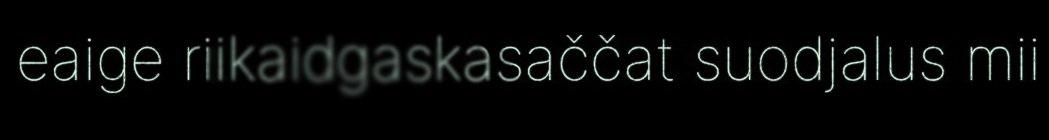
eaige riikaidgaskasaččat suodjalus mii